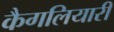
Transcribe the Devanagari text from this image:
कैगलियारी